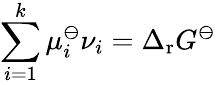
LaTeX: \sum_{i=1}^{k}\mu_{i}^{\ominus}\nu_{i}=\Delta_{\mathrm{r}}G^{\ominus}